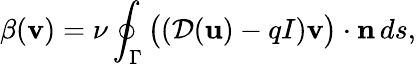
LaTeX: \beta({\mathbf v})=\nu\oint_{\Gamma}\big(({\mathcal{D}}({\mathbf u})-qI){\mathbf v}\big)\cdot{\mathbf n}\, ds,